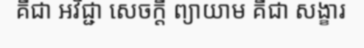
គឺជា អវិជ្ជា សេចក្តី ព្យាយាម គឺជា សង្ខារ